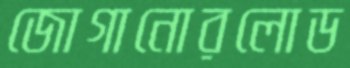
জোগানোরলোড